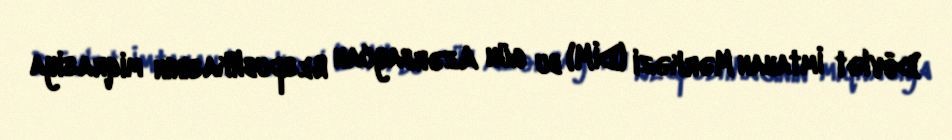
Dövlət İmtahan Mərkəzi (DİM) bu gün Azərbaycan Respublikasının miqrasiya